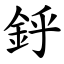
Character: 䤣